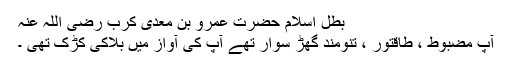
بطل اسلام حضرت عمرو بن معدی کرب رضی اللہ عنہ​
آپ مضبوط ، طاقتور ، تنومند گھڑ سوار تھے آپ کی آواز میں بلاکی کڑک تھی ۔